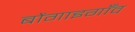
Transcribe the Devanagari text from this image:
बोंगाइगाँव